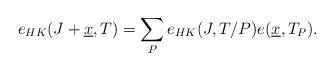
LaTeX: \begin{align*}e_{HK}(J+\underline{x}, T)=\sum_Pe_{HK}(J, T/P)e(\underline{x}, T_P).\end{align*}